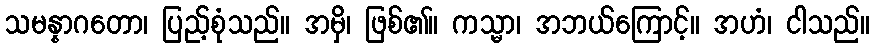
သမန္နာဂတော၊ ပြည့်စုံသည်။ အမှိ၊ ဖြစ်၏။ ကသ္မာ၊ အဘယ်ကြောင့်။ အဟံ၊ ငါသည်။